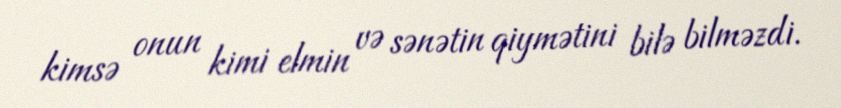
kimsə onun kimi elmin və sənətin qiymətini bilə bilməzdi.